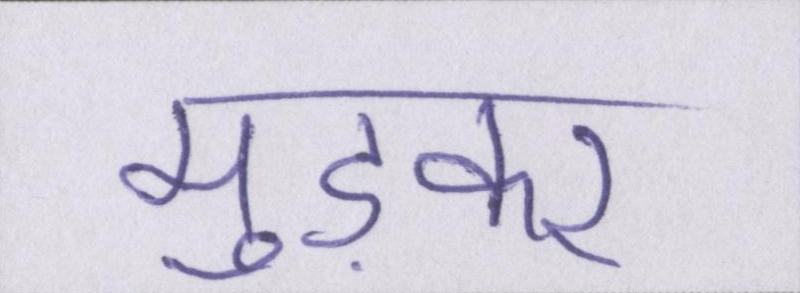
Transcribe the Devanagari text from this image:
मुड़कर